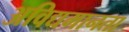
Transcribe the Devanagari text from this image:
अविद्यमानता